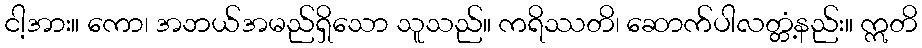
ငါ့အား။ ကော၊ အဘယ်အမည်ရှိသော သူသည်။ ကရိဿတိ၊ ဆောက်ပါလတ္တံ့နည်း။ ဣတိ